Vaccination in Bombay 1902-1912 - 1902-1912
Year: 1902
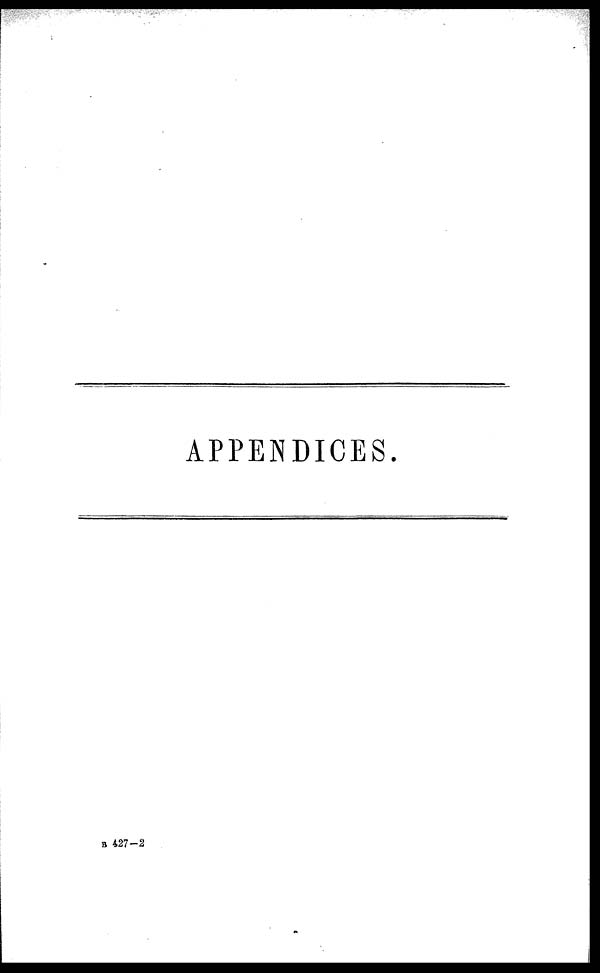
APPENDICES.
B 427—2